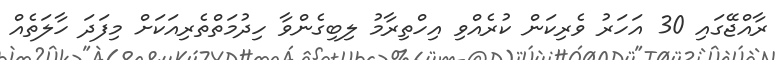
ރާއްޖޭގައި 30 އަހަރު ވެރިކަން ކުރެއްވި އިހްތިރާމު ލިބިގެންވާ ހިދުމަތްތެރިއަކަށް މިފަދަ ހާލަތެއް